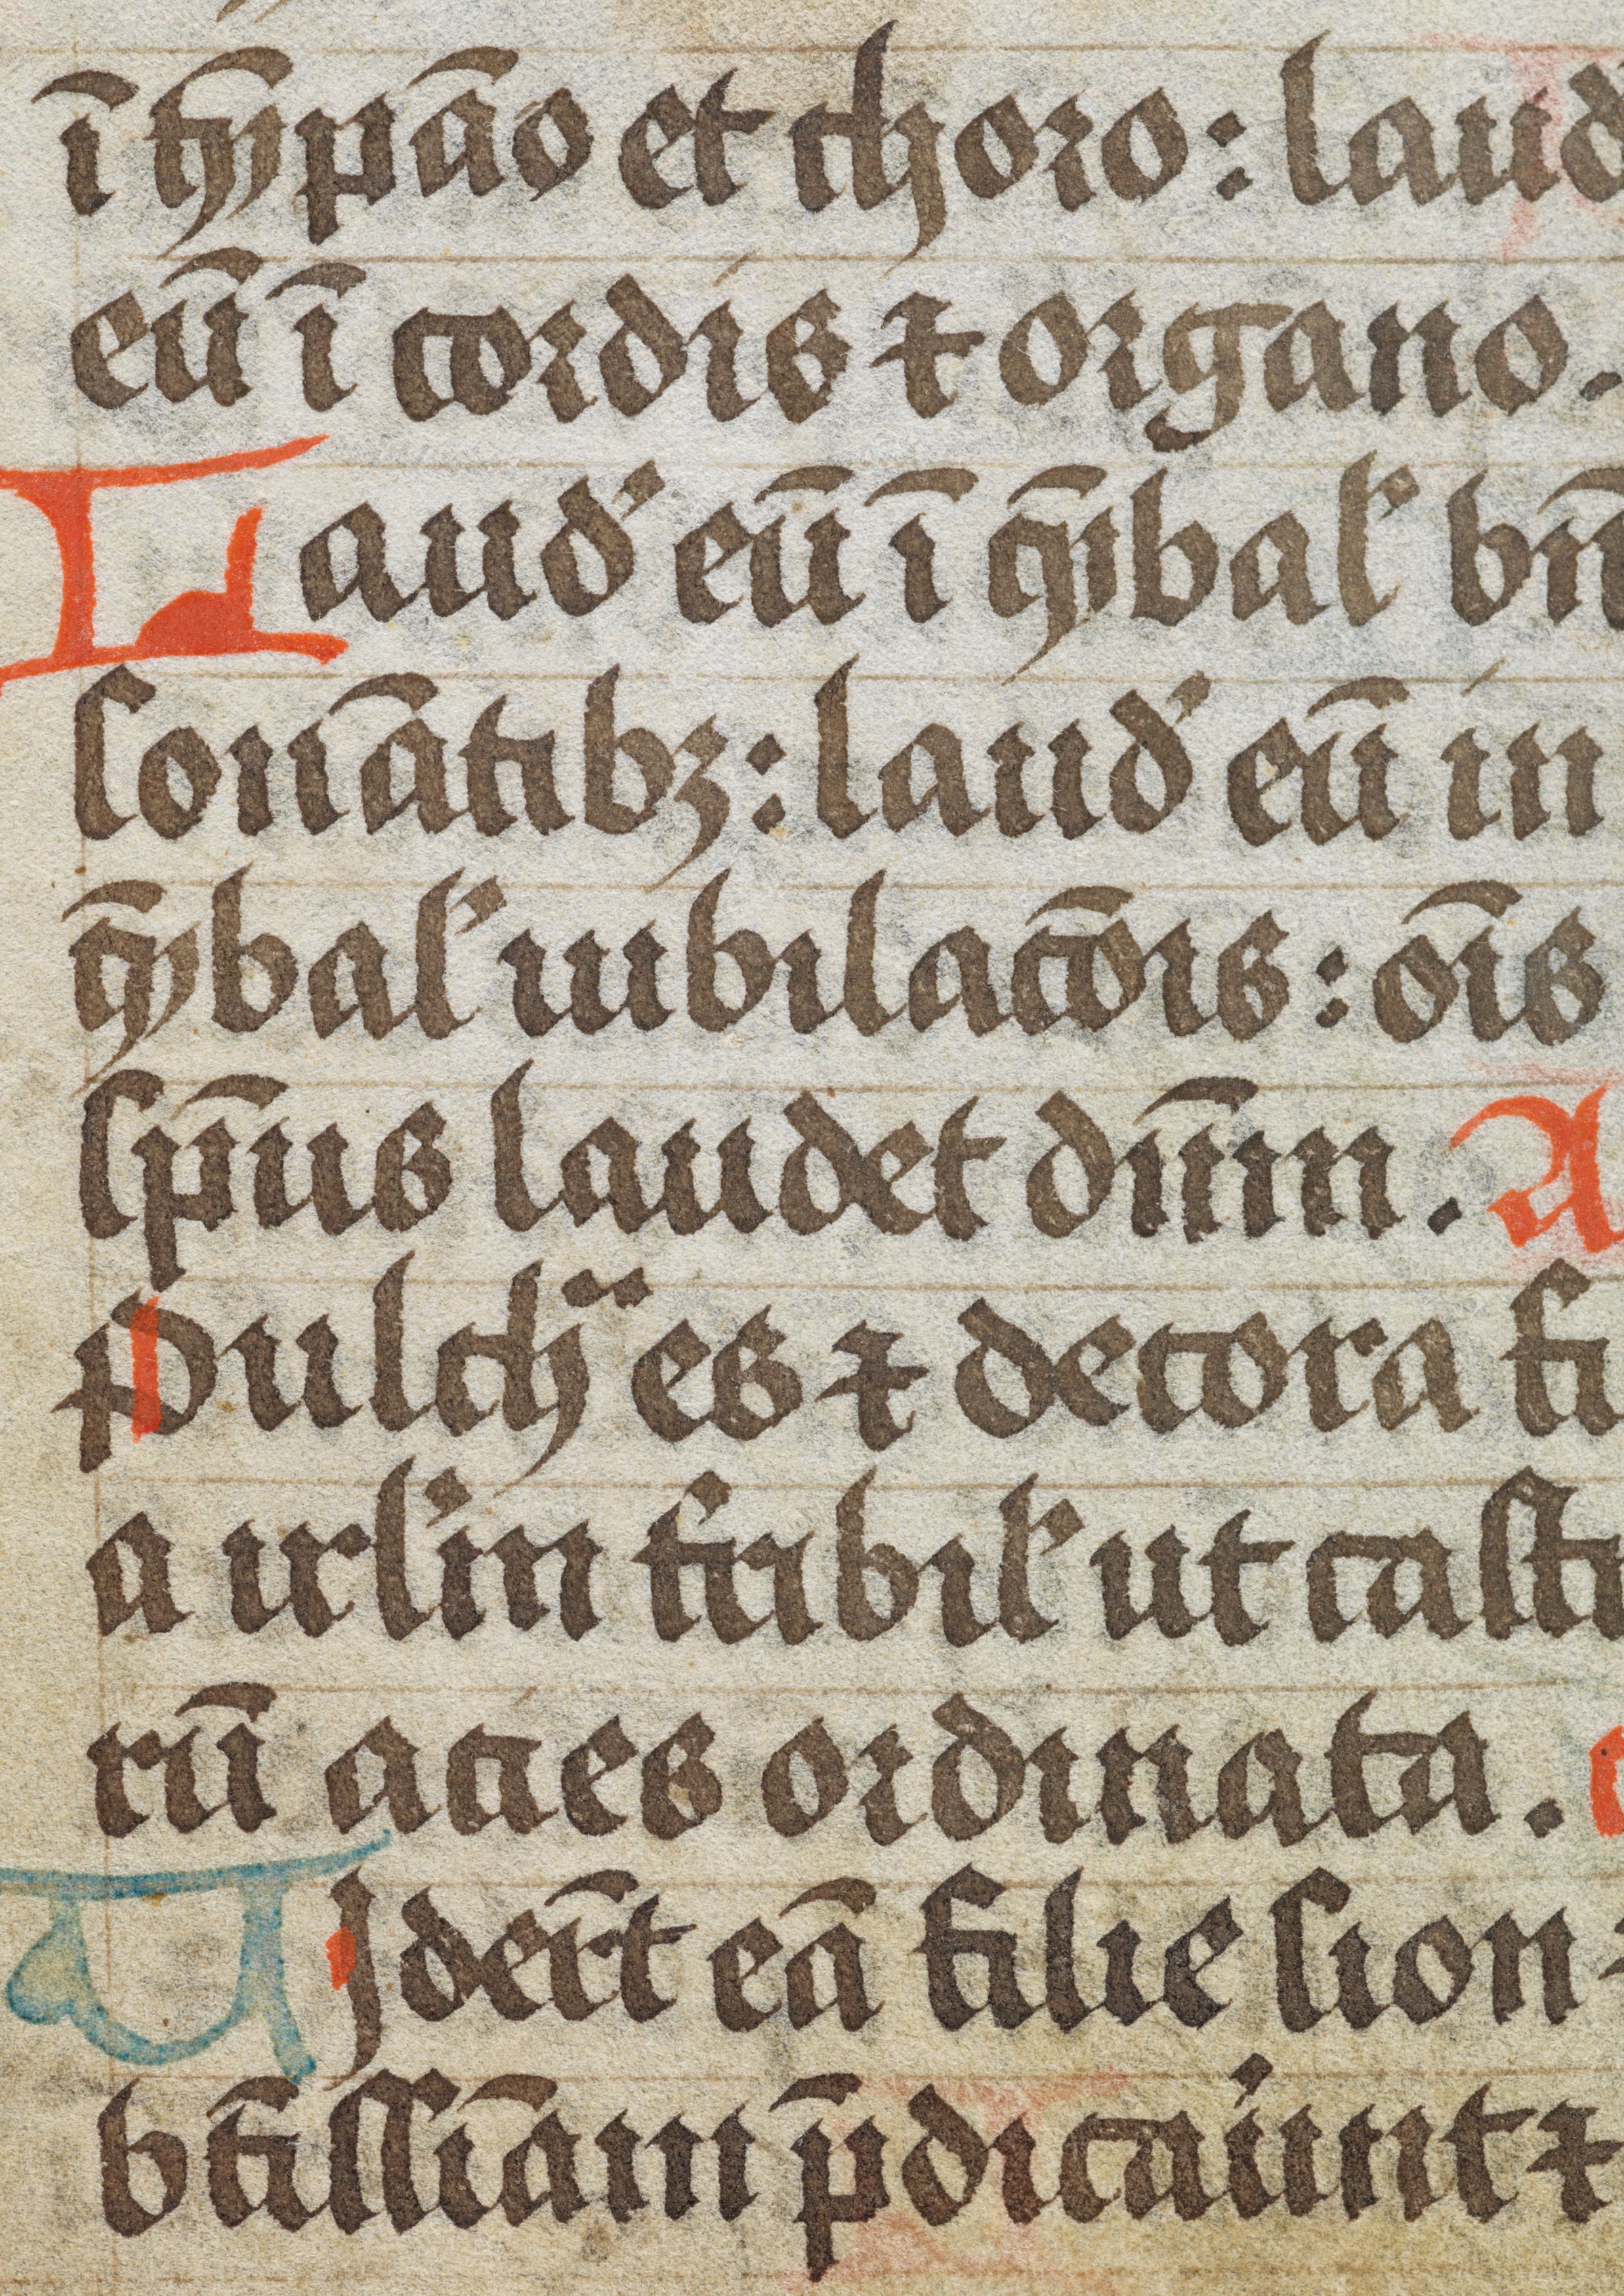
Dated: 1496–1496